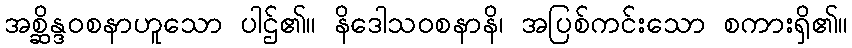
အစ္ဆိန္ဒဝစနာဟူသော ပါဌ်၏။ နိဒေါသဝစနာနိ၊ အပြစ်ကင်းသော စကားရှိ၏။